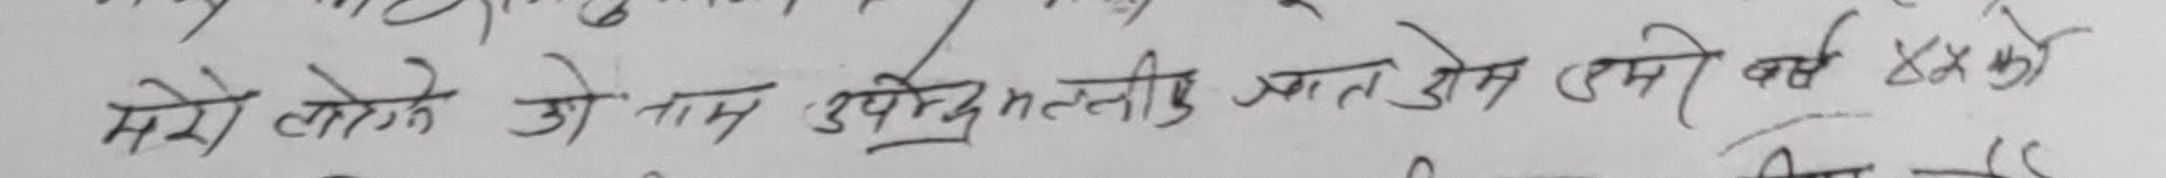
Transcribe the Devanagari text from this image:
मेरे लेखेके जो नाम उपेंद्र मल्ली ज्ञात होवे मेरो वर्ष XX को